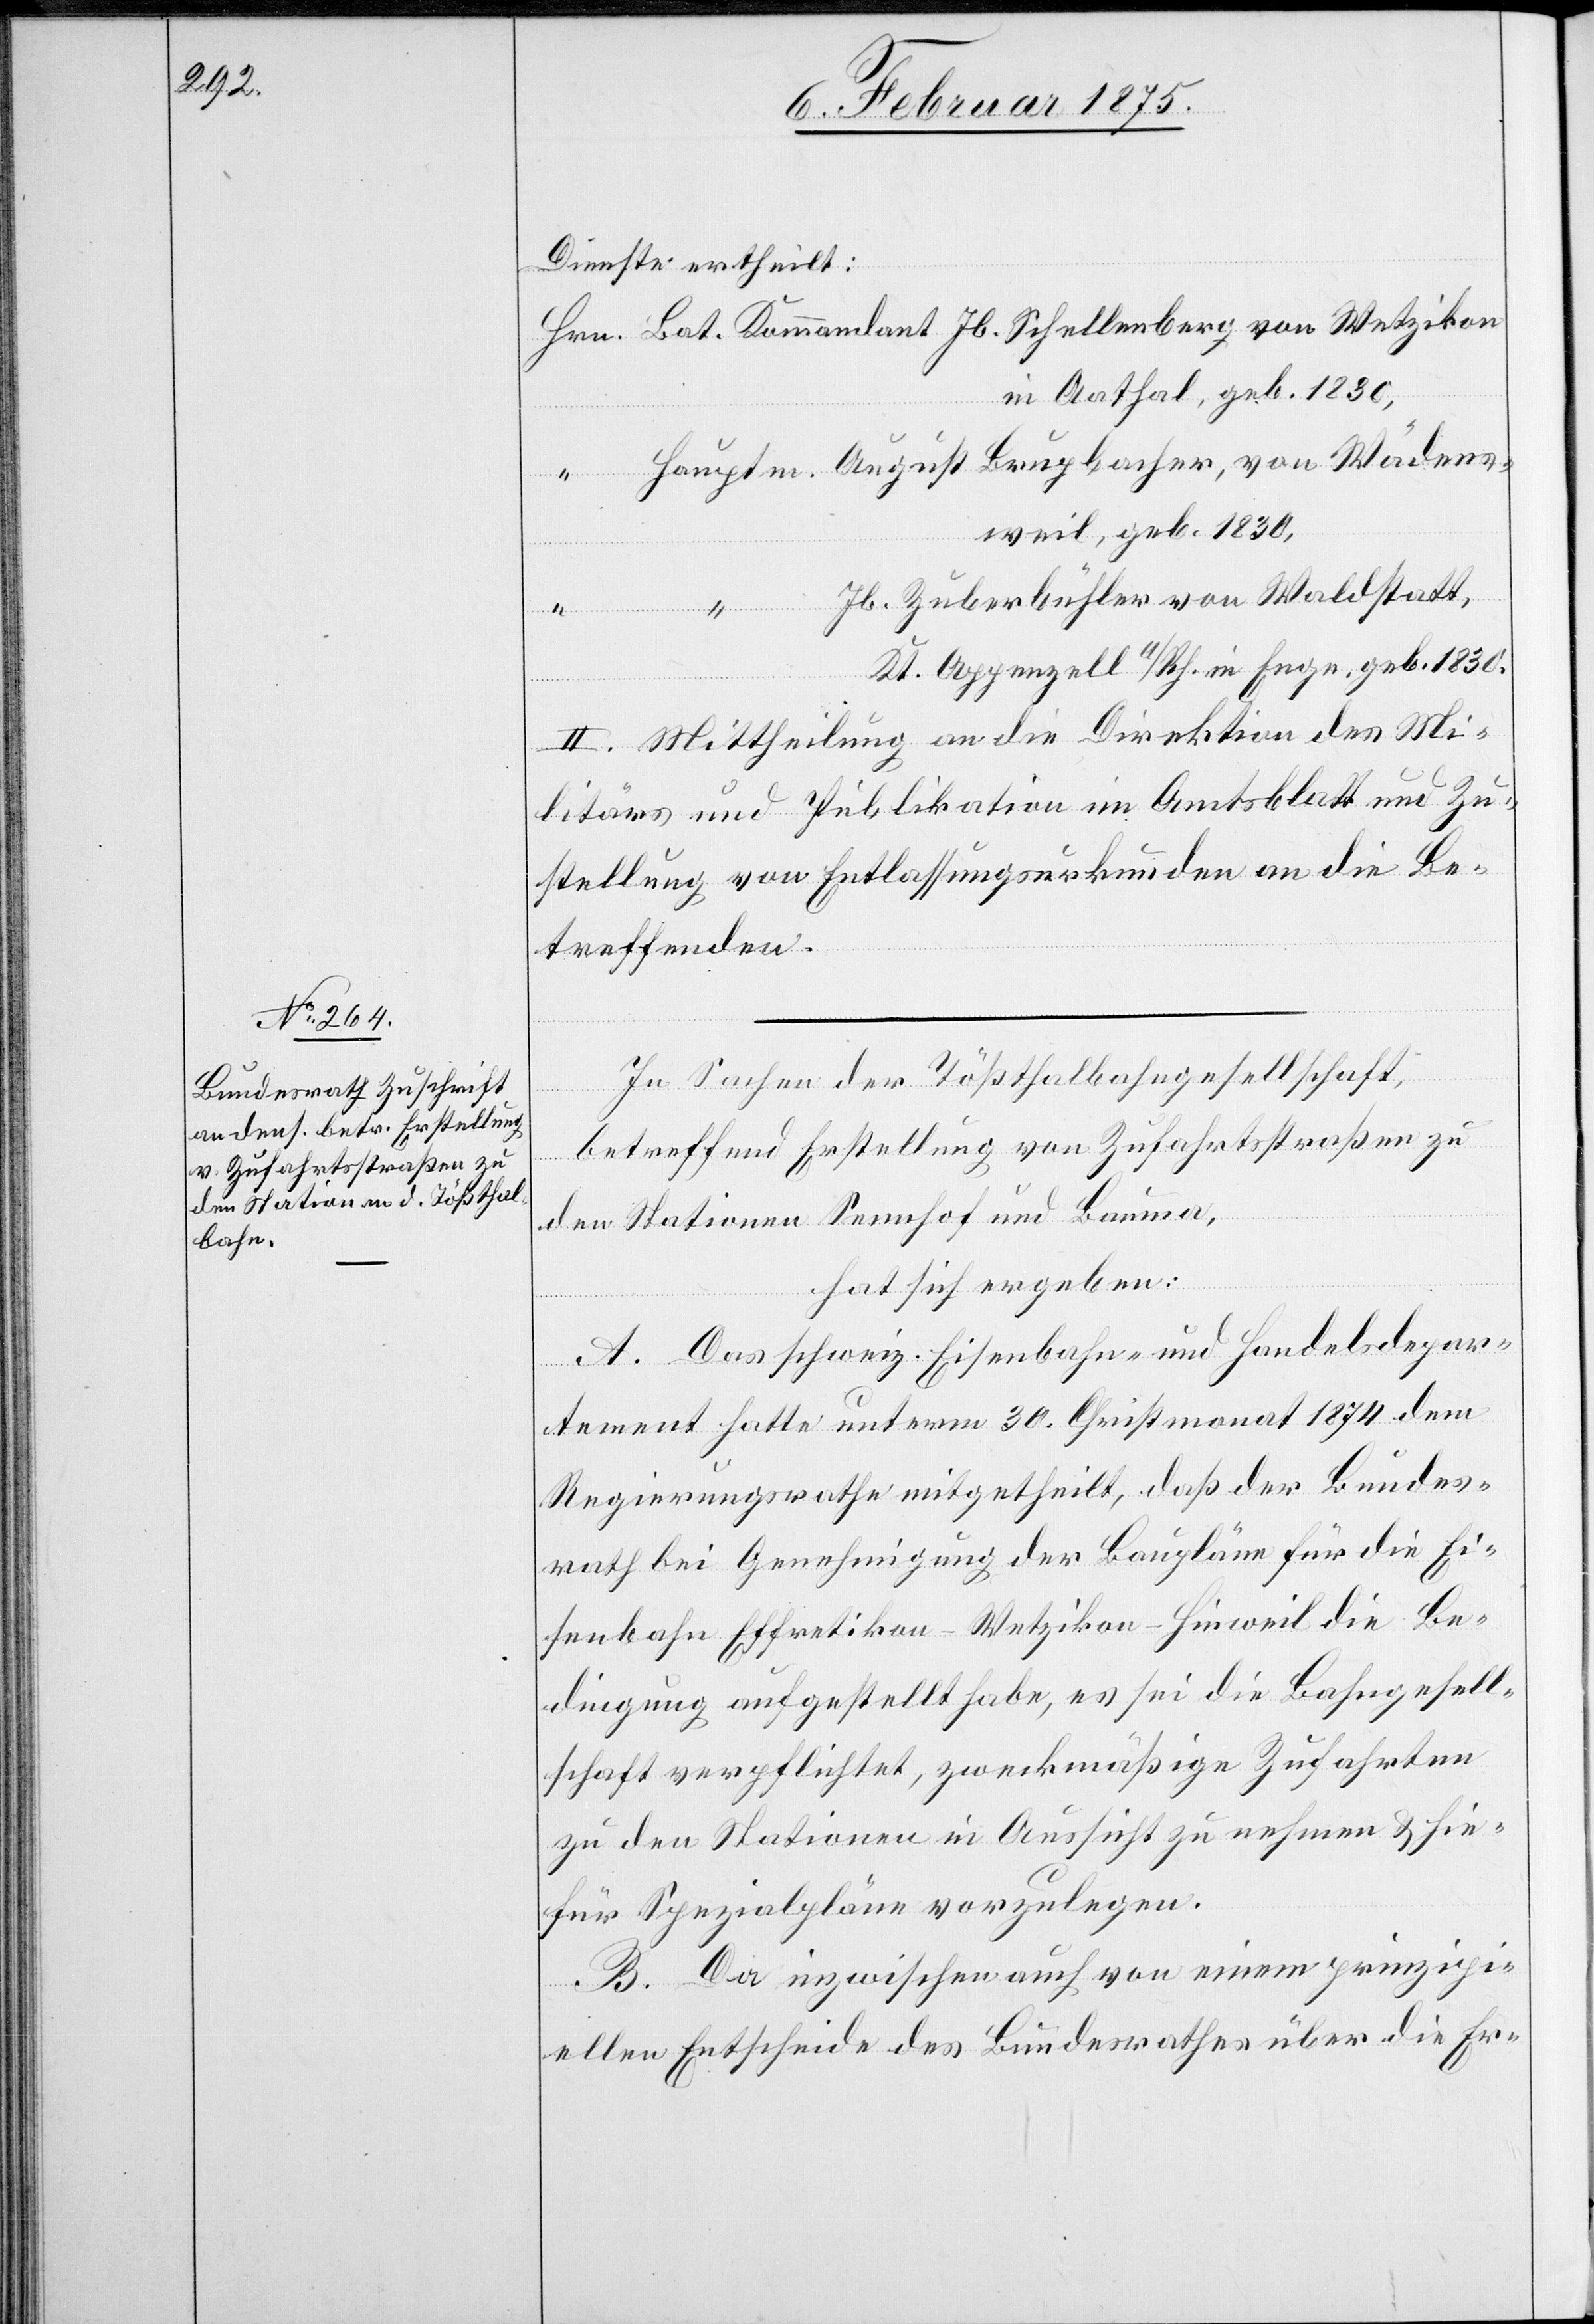
Wädens¬

Dienste ertheilt:
in Aathal, geb. 1830,
weil, geb. 1830,
Jb. Zuberbühler von Waldstatt,
Kt. Appenzell A/Rh. in Enge, geb. 1830.
II. Mittheilung an die Direktion des Mi¬
litärs und Publikation im Amtsblatt und Zu¬
stellung von Entlassungsurkunden an die Be¬
treffenden.
In Sachen der Tößthalbahngesellschaft,
betreffend Erstellung von Zufahrtsstraßen zu
den Stationen Sennhof und Bauma,
hat sich ergeben:
A. Das schweiz. Eisenbahn- und Handelsdepar¬
tement hatte unterm 30. Christmonat 1874 dem
Regierungsrathe mitgetheilt, daß der Bundes¬
rath bei Genehmigung der Baupläne für die Ei¬
senbahn Effretikon-Wetzikon-Hinweil die Be¬
dingung aufgestellt habe, es sei die Bahngesell¬
schaft verpflichtet, zweckmäßige Zufahrten
zu den Stationen in Aussicht zu nehmen & hie¬
für Spezialpläne vorzulegen.
B. Da inzwischen auch von einem prinzipi¬
ellen Entscheide des Bundesrathes über die Er-